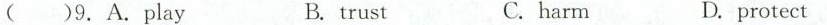
( )9. A.play B.trust C. harm D. protect